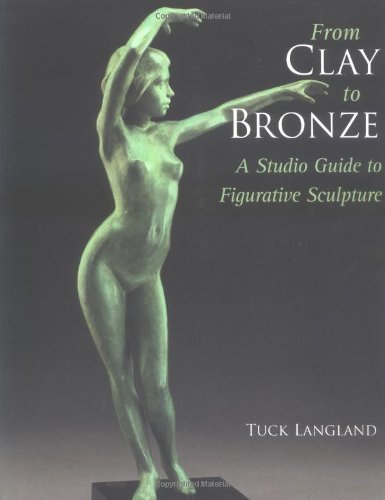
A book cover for From Clay to Bronze: A Studio Guide to Figurative Sculpture; Tuck Langland; Arts & Photography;